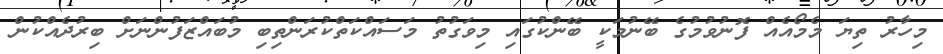
މިހާރު ތިޔަ މެމޯއެއް ފޮނުވުމުގެ ބޭނުމަކީ ބޭންކުގައި މިވަގުތު މަސައްކަތްކުރަންތިބި މުބައްޒަފުންނަށް ބިރުދެއްކުން